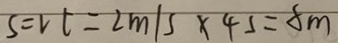
S = v t = 2 m / s \times 4 5 = 8 m